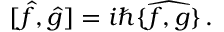
[ \hat { f } , \hat { g } ] = i \hbar \{ \widehat { f , g } \} \, .